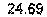
24.69